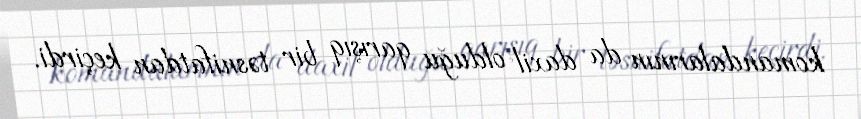
komandalarının da daxil olduğu qarışıq bir təsnifatdan keçirdi.